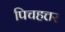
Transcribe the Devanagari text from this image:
पिचहत्तर